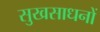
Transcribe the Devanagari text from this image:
सुखसाधनों